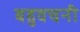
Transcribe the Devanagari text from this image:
बहुवचनी